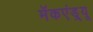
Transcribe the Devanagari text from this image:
मॅकएंड्र्यू